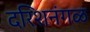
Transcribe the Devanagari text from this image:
दरिशनंगळ